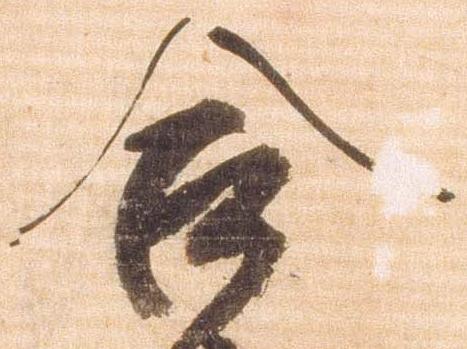
合